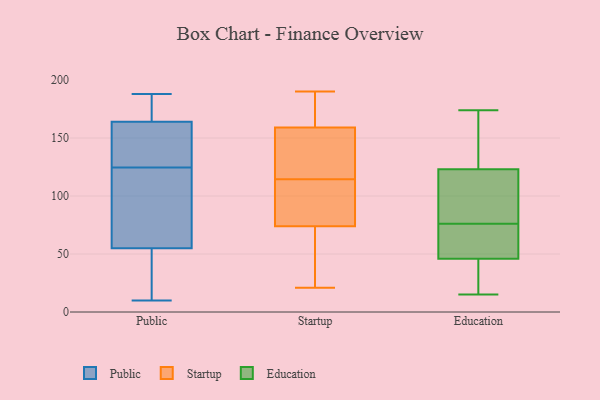
{"axis": {"x": "Page Views", "y": "Value"}, "legend": ["Education", "Public", "Startup"], "data": [{"x": "", "y": 121, "type": "Public"}, {"x": "", "y": 125, "type": "Public"}, {"x": "", "y": 177, "type": "Public"}, {"x": "", "y": 10, "type": "Public"}, {"x": "", "y": 188, "type": "Public"}, {"x": "", "y": 151, "type": "Public"}, {"x": "", "y": 55, "type": "Public"}, {"x": "", "y": 128, "type": "Public"}, {"x": "", "y": 45, "type": "Public"}, {"x": "", "y": 166, "type": "Public"}, {"x": "", "y": 19, "type": "Public"}, {"x": "", "y": 124, "type": "Public"}, {"x": "", "y": 143, "type": "Public"}, {"x": "", "y": 110, "type": "Public"}, {"x": "", "y": 164, "type": "Public"}, {"x": "", "y": 52, "type": "Public"}, {"x": "", "y": 66, "type": "Public"}, {"x": "", "y": 183, "type": "Public"}, {"x": "", "y": 28, "type": "Startup"}, {"x": "", "y": 119, "type": "Startup"}, {"x": "", "y": 92, "type": "Startup"}, {"x": "", "y": 84, "type": "Startup"}, {"x": "", "y": 66, "type": "Startup"}, {"x": "", "y": 82, "type": "Startup"}, {"x": "", "y": 187, "type": "Startup"}, {"x": "", "y": 189, "type": "Startup"}, {"x": "", "y": 150, "type": "Startup"}, {"x": "", "y": 21, "type": "Startup"}, {"x": "", "y": 109, "type": "Startup"}, {"x": "", "y": 149, "type": "Startup"}, {"x": "", "y": 34, "type": "Startup"}, {"x": "", "y": 183, "type": "Startup"}, {"x": "", "y": 121, "type": "Startup"}, {"x": "", "y": 139, "type": "Startup"}, {"x": "", "y": 168, "type": "Startup"}, {"x": "", "y": 53, "type": "Startup"}, {"x": "", "y": 190, "type": "Startup"}, {"x": "", "y": 110, "type": "Startup"}, {"x": "", "y": 56, "type": "Education"}, {"x": "", "y": 123, "type": "Education"}, {"x": "", "y": 117, "type": "Education"}, {"x": "", "y": 158, "type": "Education"}, {"x": "", "y": 19, "type": "Education"}, {"x": "", "y": 15, "type": "Education"}, {"x": "", "y": 24, "type": "Education"}, {"x": "", "y": 20, "type": "Education"}, {"x": "", "y": 64, "type": "Education"}, {"x": "", "y": 157, "type": "Education"}, {"x": "", "y": 48, "type": "Education"}, {"x": "", "y": 46, "type": "Education"}, {"x": "", "y": 92, "type": "Education"}, {"x": "", "y": 55, "type": "Education"}, {"x": "", "y": 88, "type": "Education"}, {"x": "", "y": 101, "type": "Education"}, {"x": "", "y": 129, "type": "Education"}, {"x": "", "y": 174, "type": "Education"}]}